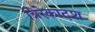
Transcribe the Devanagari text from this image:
त्रिरेकादश